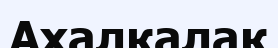
Ахалкалак